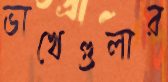
ভাখেগুলার